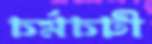
চর্মচটী